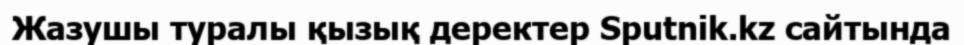
Жазушы туралы қызық деректер Sputnik.kz сайтында